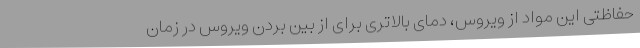
حفاظتی این مواد از ویروس، دمای بالاتری برای از بین بردن ویروس در زمان